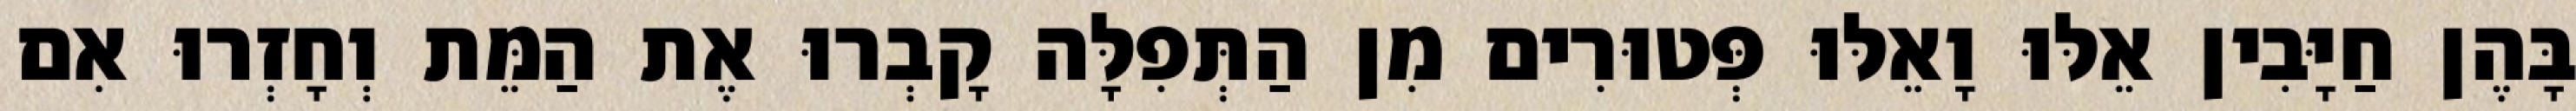
בָּהֶן חַיָּבִין אֵלּוּ וָאֵלּוּ פְּטוּרִים מִן הַתְּפִלָּה קָבְרוּ אֶת הַמֵּת וְחָזְרוּ אִם